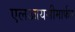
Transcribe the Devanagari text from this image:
एलआयसीमार्फत